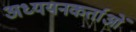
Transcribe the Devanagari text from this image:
अध्‍ययनकर्ताओं